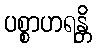
ပစ္စာဟရန္တိ